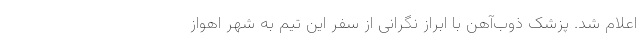
اعلام شد. پزشک ذوب‌‌آهن با ابراز نگرانی از سفر این تیم به شهر اهواز